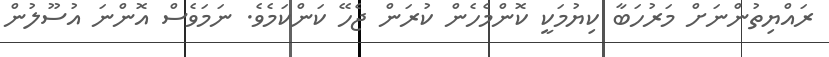
ރައްޔިތުންނަށް މަރުހަބާ ކިޔުމަކީ ކޮންމެހެން ކުރަން ޖެހޭ ކަންކަމެވެ. ނަމަވެސް އޮންނަ އުސޫލުން